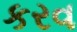
કરવ